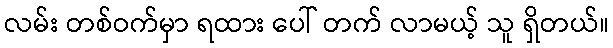
လမ်း တစ်ဝက်မှာ ရထား ပေါ် တက် လာမယ့် သူ ရှိတယ်။